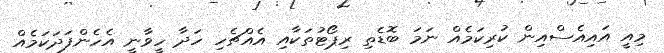
މިއީ އައިއެސްއިން ކުރިކަމެއް ނަމަ ބޮޑެތި ރިޕޯޓުތަކާއި އެއްޗެހި ހަދާ ހީވާނީ އެހެންފަދަކަމެއް